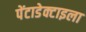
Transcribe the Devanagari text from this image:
पेंटाडेक्टाइला